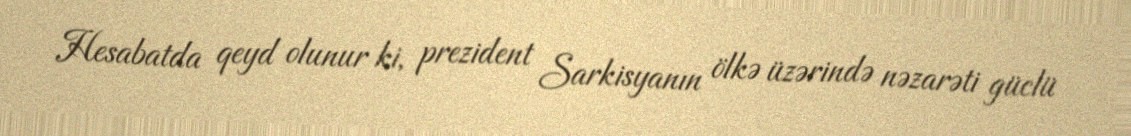
Hesabatda qeyd olunur ki, prezident Sarkisyanın ölkə üzərində nəzarəti güclü